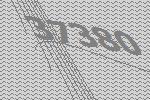
37380